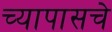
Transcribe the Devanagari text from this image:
च्यापासचे